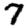
Digit: 7